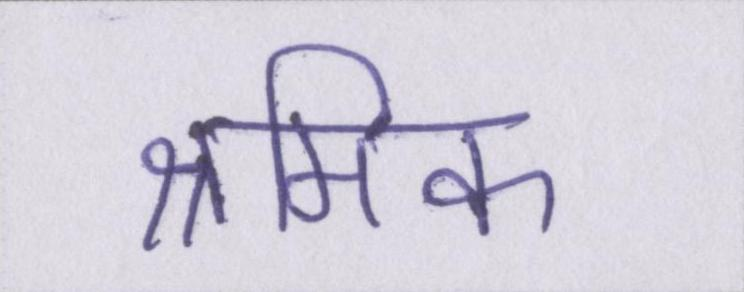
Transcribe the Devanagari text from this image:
श्रमिक